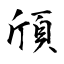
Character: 頎